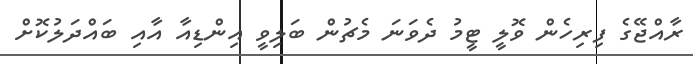
ރާއްޖޭގެ ފިރިހެން ވޮލީ ޓީމު ދެވަނަ މެޗުން ބަލިވީ އިންޑިއާ އާއި ބައްދަލުކޮށް